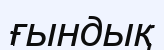
ғындық